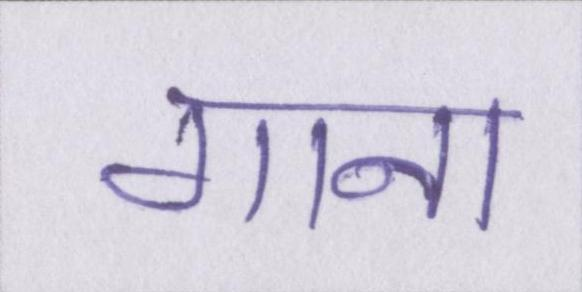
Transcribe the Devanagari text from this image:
गाना